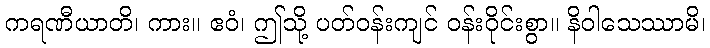
ကရဏီယာတိ၊ ကား။ ဧဝံ၊ ဤသို့ ပတ်ဝန်းကျင် ဝန်းဝိုင်းစွာ။ နိဝါသေဿာမိ၊